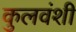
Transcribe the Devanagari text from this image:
कुलवंशी